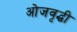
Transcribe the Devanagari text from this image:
ओजवृद्धी